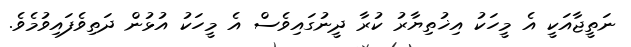
ނަތީޖާއަކީ އެ މީހަކު އިޚުތިޔާރު ކުރާ ދީނުގައިވެސް އެ މީހަކު އުޅުން ދަތިވެފައިވުމެވެ.